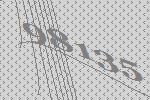
98135